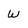
Character: W